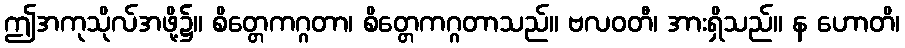
ဤအကုသိုလ်အဖို့၌။ စိတ္တေကဂ္ဂတာ၊ စိတ္တေကဂ္ဂတာသည်။ ဗလဝတီ၊ အားရှိသည်။ န ဟောတိ၊